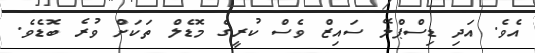
އެވެ. އަދި ޑިސްޕްލޭ ސައިޒް ވެސް ކުރީގެ މޮޑެލް ތަކަށް ވުރެ ބޮޑެވެ.